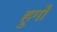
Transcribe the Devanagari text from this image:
हुर्गो